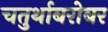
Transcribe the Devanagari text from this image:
चतुर्थाबरोबर